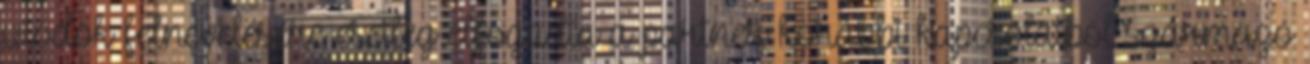
utódok felnevelésére esetleg elfogadta a partner korábbi kapcsolatból származó